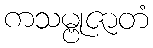
ကသမ္ဗုဇာတံ